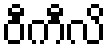
ဝီကီလိ